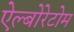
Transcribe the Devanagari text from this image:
ऐल्बोरेटोम